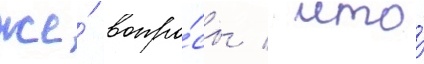
же́ вопро́сы / что́